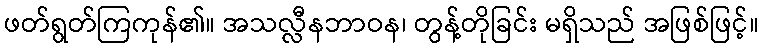
ဖတ်ရွတ်ကြကုန်၏။ အသလ္လီနဘာဝန၊ တွန့်တိုခြင်း မရှိသည် အဖြစ်ဖြင့်။